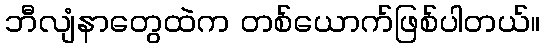
ဘီလျံနာတွေထဲက တစ်ယောက်ဖြစ်ပါတယ်။